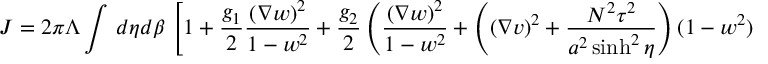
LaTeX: J = 2 \pi \Lambda \int \, d \eta d \beta \, \left[ 1 + \frac { g _ { 1 } } { 2 } \frac { ( \nabla w ) ^ { 2 } } { 1 - w ^ { 2 } } + \frac { g _ { 2 } } { 2 } \left( \frac { ( \nabla w ) ^ { 2 } } { 1 - w ^ { 2 } } + \left( ( \nabla v ) ^ { 2 } + \frac { N ^ { 2 } \tau ^ { 2 } } { a ^ { 2 } \sinh ^ { 2 } \eta } \right) ( 1 - w ^ { 2 } ) \right) \right] ( 1 - w ^ { 2 } ) \, .